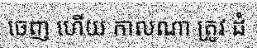
ចេញ ហើយ កាលណា ត្រូវ ដំ